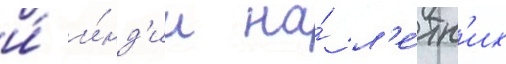
и́ и́нд'ии на́ л'е́тн'их